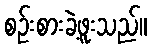
စဉ်းစားခဲ့ဖူးသည်။